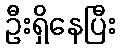
ဦးရှိနေပြီး